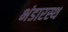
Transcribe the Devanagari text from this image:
भंडारस्थ